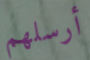
أرسلهم